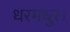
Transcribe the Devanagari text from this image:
धरमधुर।